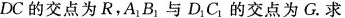
DC的交点为R，A_{1}B_{1}与D_{1}C_{1}的交点为G。求